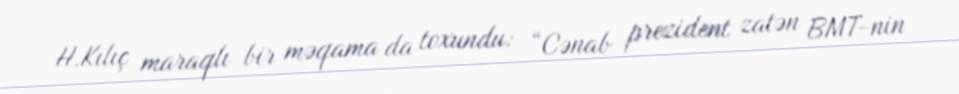
H.Kılıç maraqlı bir məqama da toxundu: “Cənab prezident zatən BMT-nin